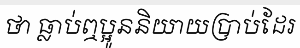
ថា ធ្លាប់ឮប្អូននិយាយប្រាប់ដែរ